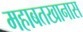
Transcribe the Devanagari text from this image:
महाबतखानास